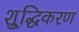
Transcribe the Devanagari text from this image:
शु्द्धिकरण